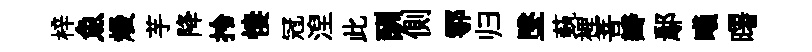
梓魚熳芋降拎悽冠湼此酬側鄠归墜蓺裡菩瓣鄢曦曙